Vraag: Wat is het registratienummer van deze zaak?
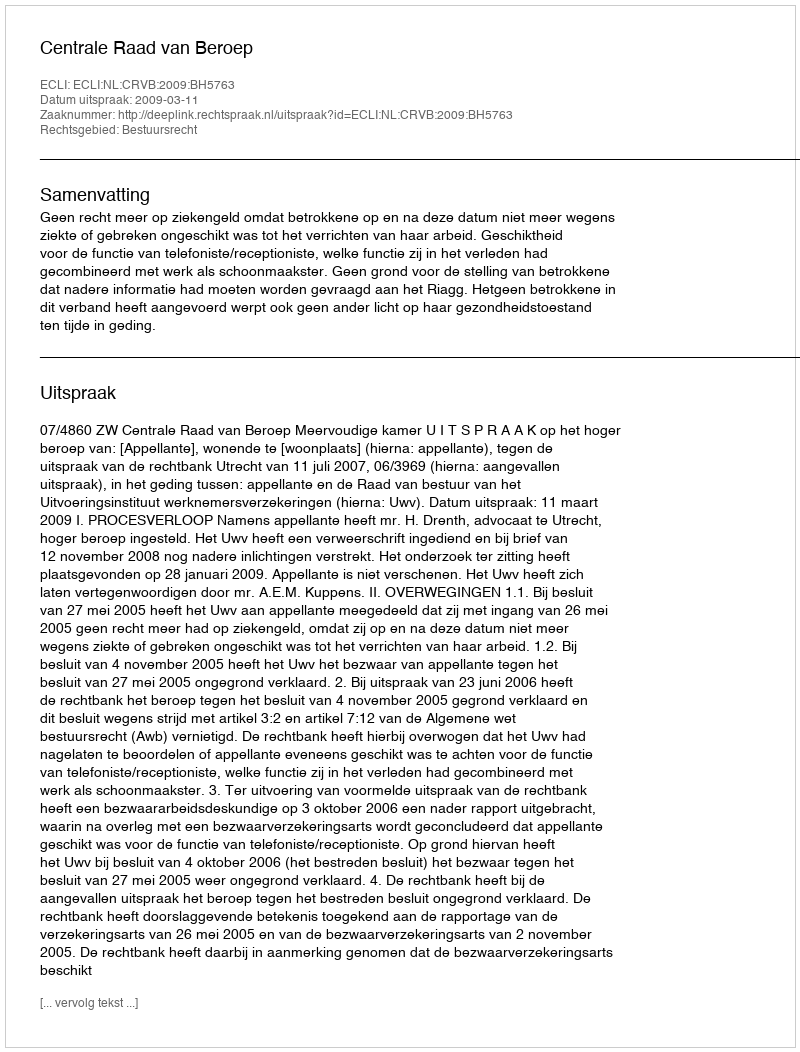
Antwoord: http://deeplink.rechtspraak.nl/uitspraak?id=ECLI:NL:CRVB:2009:BH5763